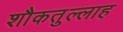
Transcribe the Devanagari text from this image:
शौकतुल्लाह